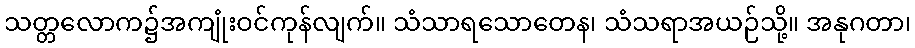
သတ္တလောက၌အကျုံးဝင်ကုန်လျက်။ သံသာရသောတေန၊ သံသရာအယဉ်သို့။ အနုဂတာ၊